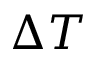
\Delta T